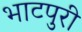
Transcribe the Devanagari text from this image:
भाटपुरी